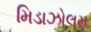
મિડાઝોલમ